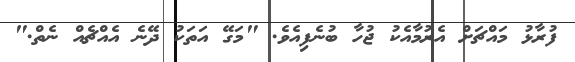
ފުރާޅު މައްޗަށް އެރުމާއެކު ޖުހާ ބުނެފިއެވެ. "މަގޭ އަތަކު ދޭނެ އެއްޗެއް ނެތް."